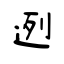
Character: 迾